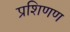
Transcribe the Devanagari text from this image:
प्रशिणण